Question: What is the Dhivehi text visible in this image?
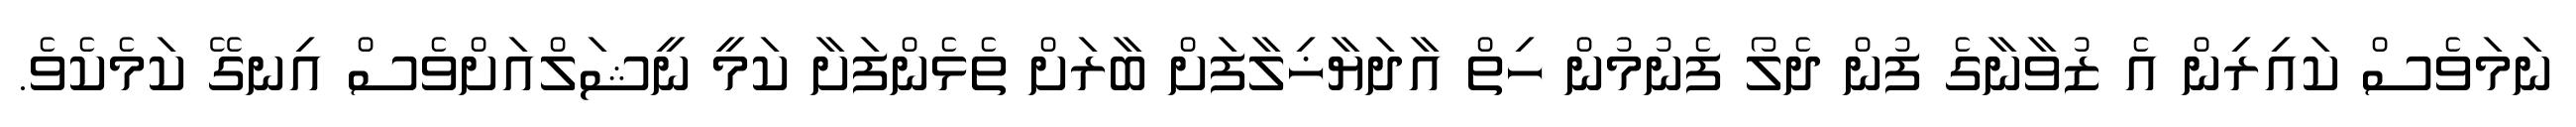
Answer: ނަމަވެސް ކައިރިން އެ ޒުވާނާގެ ފުން ދެލޯ ފެނުމުން ހިތް އާދަޔާޚިލާފަށް ބާރަށް ތެޅެންފަށާ ކަމީ ނީޝަލްއަށްވެސް އިނގޭ ކަމެކެވެ.